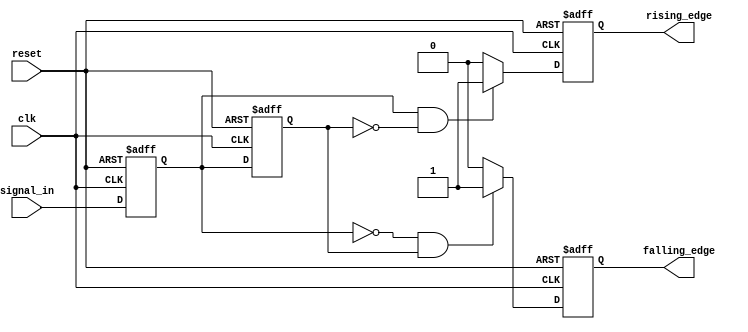
module GlitchFreeEdgeDetector (
    input wire clk,               // Clock signal
    input wire reset,             // Asynchronous reset signal
    input wire signal_in,         // Input binary signal
    output reg rising_edge,       // Output signal for rising edge detection
    output reg falling_edge       // Output signal for falling edge detection
);

    // Memory blocks to store current and previous states
    reg current_state;            // Current state of the input signal
    reg previous_state;           // Previous state of the input signal

    // State update and edge detection logic
    always @(posedge clk or posedge reset) begin
        if (reset) begin
            // Initialize the states on reset
            current_state <= 1'b0;
            previous_state <= 1'b0;
            rising_edge <= 1'b0;
            falling_edge <= 1'b0;
        end else begin
            // Update the previous state to the current state
            previous_state <= current_state;

            // Update the current state to the input signal
            current_state <= signal_in;

            // Edge detection logic
            if (current_state && !previous_state) begin
                // Rising edge detected
                rising_edge <= 1'b1;
            end else begin
                rising_edge <= 1'b0; // Clear rising edge signal
            end

            if (!current_state && previous_state) begin
                // Falling edge detected
                falling_edge <= 1'b1;
            end else begin
                falling_edge <= 1'b0; // Clear falling edge signal
            end
        end
    end
endmodule